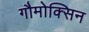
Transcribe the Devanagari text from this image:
गौमोक्सिन